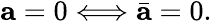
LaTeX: \mathbf{a}=0\Longleftrightarrow\bar{\mathbf{a}}=0.